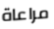
مراعاة